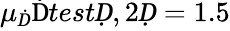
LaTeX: \mu_{Ḋ}\mathrm{Ḋ}testḌ,2Ḍ=1.5